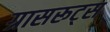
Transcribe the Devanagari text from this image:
ग्रासरूट्स